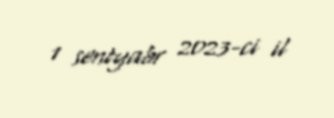
1 sentyabr 2023-ci il